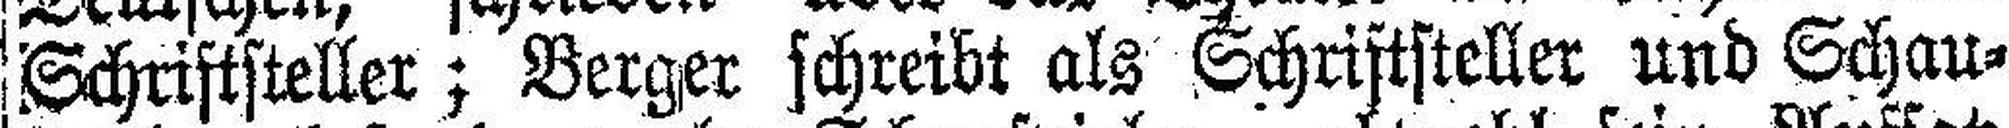
Schriftsteller; Berger schreibt als Schriftsteller und Schau¬